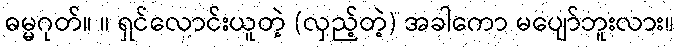
ဓမ္မဂုတ်။ ။ ရှင်လောင်းယူတဲ့ (လှည့်တဲ့) အခါကော မပျော်ဘူးလား။